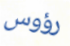
رؤوس